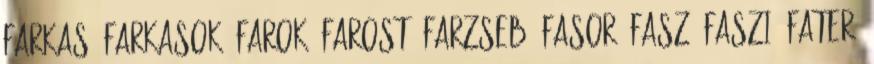
FARKAS, FARKASOK, FAROK, FAROST, FARZSEB, FASOR, FASZ, FASZI, FATER,